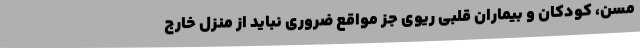
مسن، کودکان و بیماران قلبی ریوی جز مواقع ضروری نباید از منزل خارج